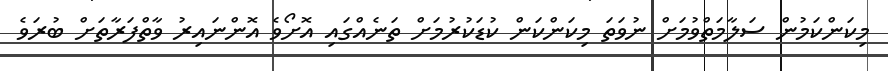
މިކަންކަމުން ސަލާމަތްވުމަށް ނުވަތަ މިކަންކަން ކުޑަކުރުމަށް ތަނެއްގައި އޮށޯވެ އޮންނައިރު ވާތްފަރާތަށް ބުރަވެ